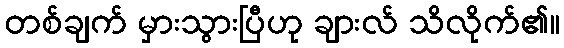
တစ်ချက် မှားသွားပြီဟု ချားလ် သိလိုက်၏။